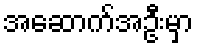
အဆောက်အဦးမှာ